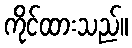
ကိုင်ထားသည်။